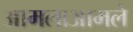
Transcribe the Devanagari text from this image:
आमलाआमले